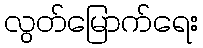
လွတ်မြောက်ရေး